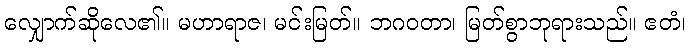
လျှောက်ဆိုလေ၏။ မဟာရာဇ၊ မင်းမြတ်။ ဘဂဝတာ၊ မြတ်စွာဘုရားသည်။ ဧတံ၊